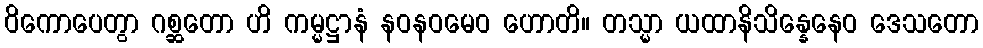
ဝိကောပေတွာ ဂစ္ဆတော ဟိ ကမ္မဋ္ဌာနံ နဝနဝမေဝ ဟောတိ။ တသ္မာ ယထာနိသိန္နေနေဝ ဒေသတော